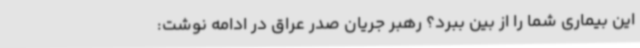
این بیماری شما را از بین ببرد؟ رهبر جریان صدر عراق در ادامه نوشت: